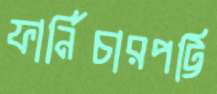
ফার্নিচারপট্টি